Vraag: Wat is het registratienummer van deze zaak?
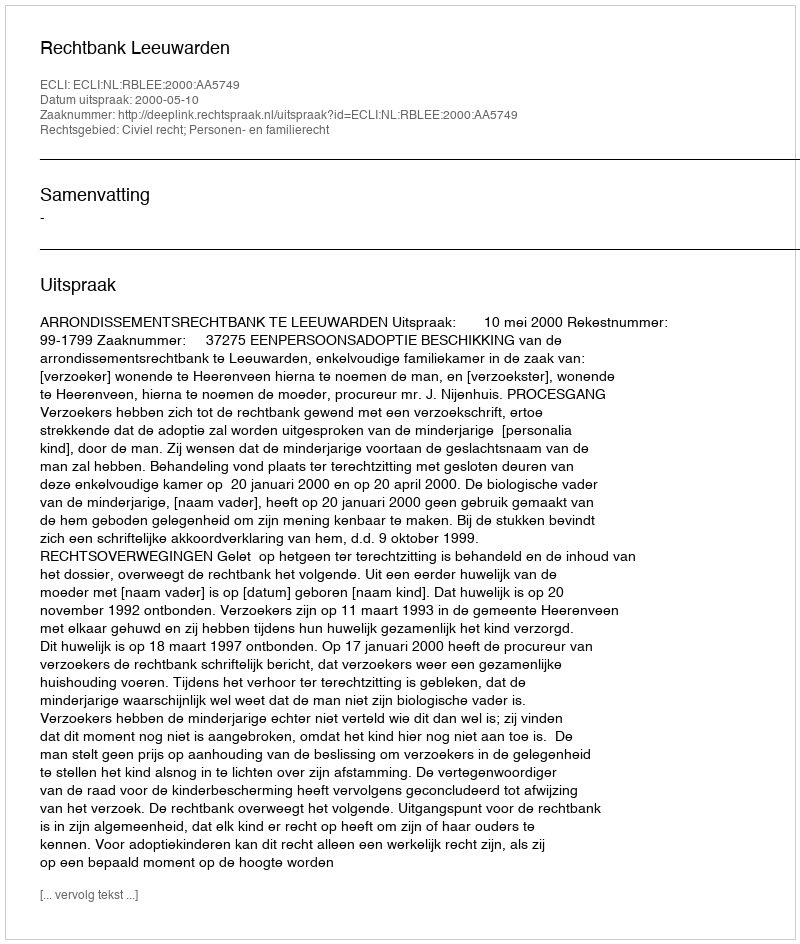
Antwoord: http://deeplink.rechtspraak.nl/uitspraak?id=ECLI:NL:RBLEE:2000:AA5749